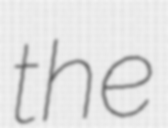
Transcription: the